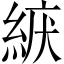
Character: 𦀫